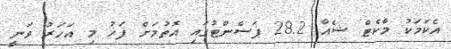
އެކަމަކު މާކެޓް ޝެއާ 28.2 ޕަސެންޓުގައި އޮތުމަށް ފަހު މި އަހަރު ވަނީ